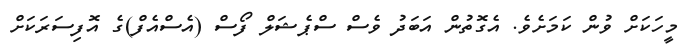
މީހަކަށް ވުން ކަމަށެވެ. އެގޮތުން އަބަދު ވެސް ސްޕެޝަލް ފޯސް (އެސްއެފް)ގެ އޮފިސަރަކަށް